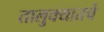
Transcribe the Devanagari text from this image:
तालुक्यातचे